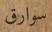
سوارق